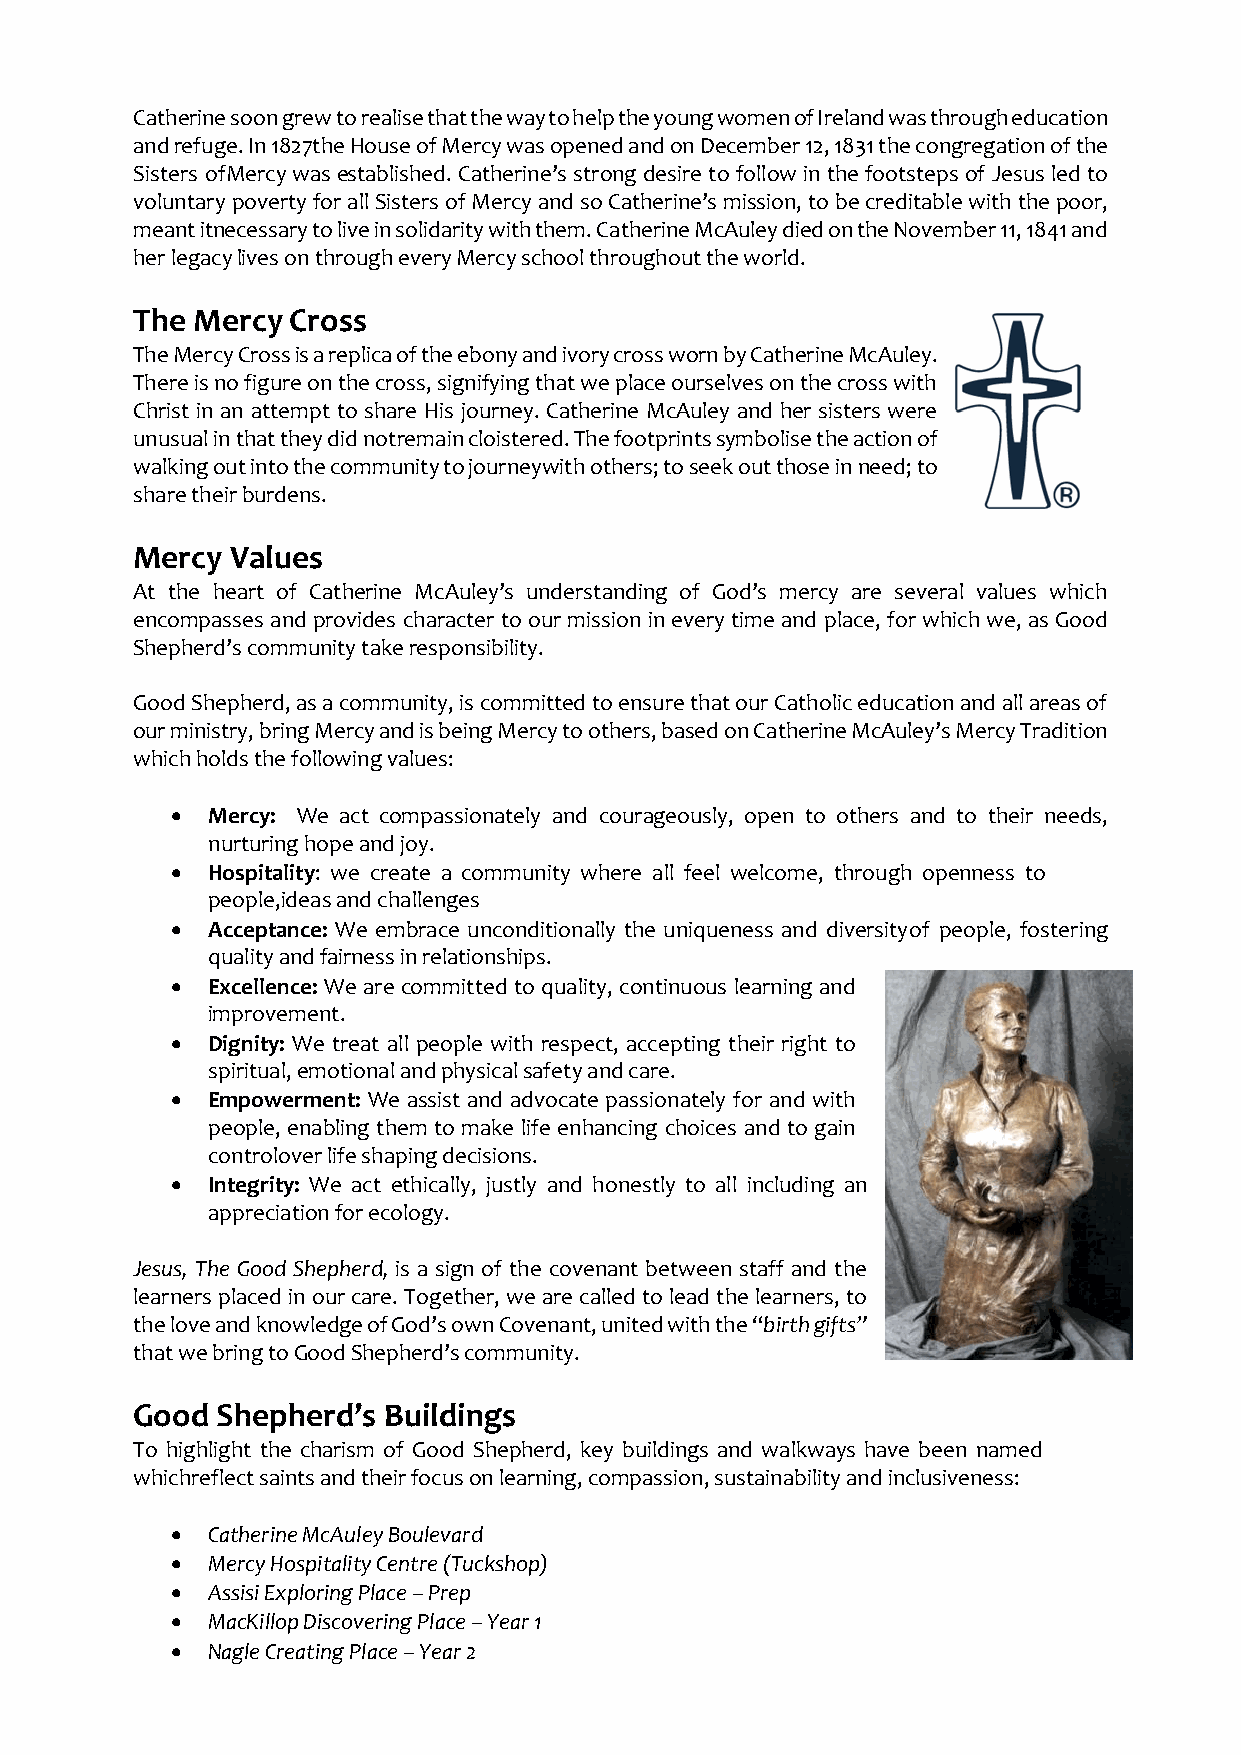
Catherine soon grew to realise that the way to help the young women of Ireland was through education
 and refuge. In 1827 the House of Mercy was opened and on December 12, 1831 the congregation of the
 Sisters of Mercy was established. Catherine’s strong desire to follow in the footsteps of Jesus led to
 voluntary poverty for all Sisters of Mercy and so Catherine’s mission, to be creditable with the poor,
 meant it necessary to live in solidarity with them. Catherine McAuley died on the November 11, 1841 and
 her legacy lives on through every Mercy school throughout the world.
 The Mercy Cross
 The Mercy Cross is a replica of the ebony and ivory cross worn by Catherine McAuley.
 There is no figure on the cross, signifying that we place ourselves on the cross with
 Christ in an attempt to share His journey. Catherine McAuley and her sisters were
 unusual in that they did not remain cloistered. The footprints symbolise the action of
 walking out into the community to journey with others; to seek out those in need; to
 share their burdens.
 Mercy Values
 At the heart of Catherine McAuley’s understanding of God’s mercy are several values which
 encompasses and provides character to our mission in every time and place, for which we, as Good
 Shepherd’s community take responsibility.
 Good Shepherd, as a community, is committed to ensure that our Catholic education and all areas of
 our ministry, bring Mercy and is being Mercy to others, based on Catherine McAuley’s Mercy Tradition
 which holds the following values:
 •  Mercy: We act compassionately and courageously, open to others and to their needs,
 nurturing hope and joy.
 •  Hospitality: we create a community where all feel welcome, through openness to
 people, ideas and challenges
 •  Acceptance: We embrace unconditionally the uniqueness and diversity of people, fostering
 quality and fairness in relationships.
 •  Excellence: We are committed to quality, continuous learning and
 improvement.
 •  Dignity: We treat all people with respect, accepting their right to
 spiritual, emotional and physical safety and care.
 •  Empowerment: We assist and advocate passionately for and with
 people, enabling them to make life enhancing choices and to gain
 control over life shaping decisions.
 •  Integrity: We act ethically, justly and honestly to all including an
 appreciation for ecology.
 Jesus, The Good Shepherd, is a sign of the covenant between staff and the
 learners placed in our care. Together, we are called to lead the learners, to
 the love and knowledge of God’s own Covenant, united with the “birth gifts”
 that we bring to Good Shepherd’s community.
 Good Shepherd’s Buildings
 To highlight the charism of Good Shepherd, key buildings and walkways have been named
 which reflect saints and their focus on learning, compassion, sustainability and inclusiveness:
 •  Catherine McAuley Boulevard
 •  Mercy Hospitality Centre (Tuckshop)
 •  Assisi Exploring Place – Prep
 •  MacKillop Discovering Place – Year 1
 •  Nagle Creating Place – Year 2